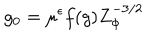
LaTeX: g _ { 0 } = \mu ^ { \epsilon } f ( g ) Z _ { \Phi } ^ { - 3 / 2 }